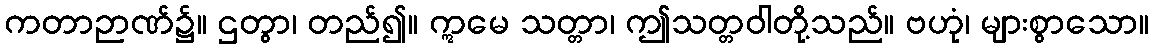
ကတာဉာဏ်၌။ ဌတွာ၊ တည်၍။ ဣမေ သတ္တာ၊ ဤသတ္တဝါတို့သည်။ ဗဟုံ၊ များစွာသော။